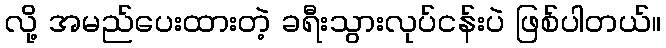
လို့ အမည်ပေးထားတဲ့ ခရီးသွားလုပ်ငန်းပဲ ဖြစ်ပါတယ်။